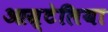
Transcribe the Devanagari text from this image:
आस्र्टेलिया